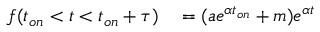
\begin{array} { r l } { f ( t _ { o n } < t < t _ { o n } + \tau ) } & { { } = ( a e ^ { \alpha t _ { o n } } + m ) e ^ { \alpha t } } \end{array}